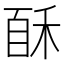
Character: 𰨩